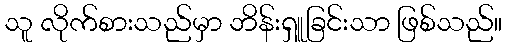
သူ လိုက်စားသည်မှာ ဘိန်းရှူခြင်းသာ ဖြစ်သည်။